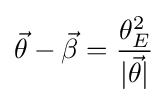
{\vec {\theta }}-{\vec {\beta }}={\theta _{E}^{2} \over |{\vec {\theta }}|}